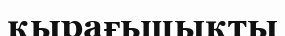
қырағьшықты